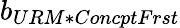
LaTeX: b_{URM*ConcptFrst}